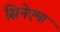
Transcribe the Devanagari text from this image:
सिनेएमा